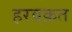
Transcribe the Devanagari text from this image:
हरवक़त